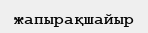
жапырақшайыр